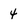
Character: 4